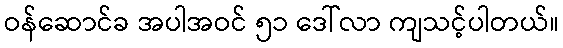
ဝန်ဆောင်ခ အပါအဝင် ၅၁ ဒေါ်လာ ကျသင့်ပါတယ်။